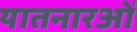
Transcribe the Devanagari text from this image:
यातनारओं